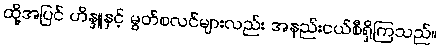
ထို့အပြင် ဟိန္ဒူနှင့် မွတ်စလင်များလည်း အနည်းငယ်စီရှိကြသည်။